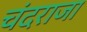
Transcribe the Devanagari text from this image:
चंदराजा